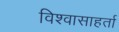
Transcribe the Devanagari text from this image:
विश्वासाहर्ता